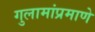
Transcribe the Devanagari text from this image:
गुलामांप्रमाणे